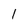
Character: 1